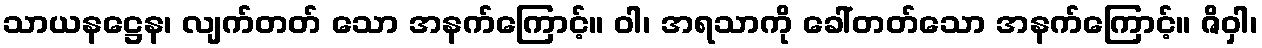
သာယနဋ္ဌေန၊ လျက်တတ် သော အနက်ကြောင့်။ ဝါ၊ အရသာကို ခေါ်တတ်သော အနက်ကြောင့်။ ဇိဝှါ၊